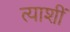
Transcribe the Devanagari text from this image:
त्याशीं